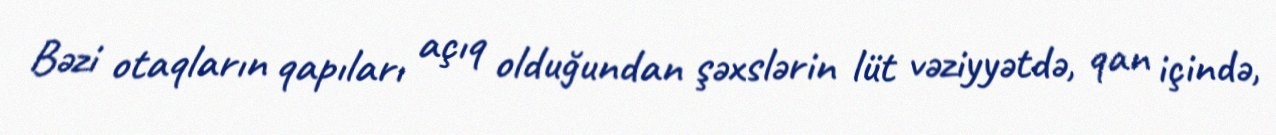
Bəzi otaqların qapıları açıq olduğundan şəxslərin lüt vəziyyətdə, qan içində,